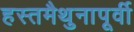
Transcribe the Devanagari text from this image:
हस्तमैथुनापूर्वी